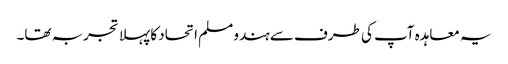
یہ معاہدہ آپ کی طرف سے ہندو مسلم اتحاد کا پہلا تجربہ تھا۔